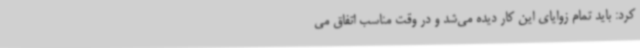
کرد: باید تمام زوایای این کار دیده می‌شد و در وقت مناسب اتفاق می‌